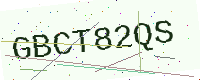
Text: GBCT82QS